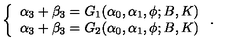
\left\{ \begin{array} { l l } { \alpha _ { 3 } + \beta _ { 3 } = G _ { 1 } ( \alpha _ { 0 } , \alpha _ { 1 } , \phi ; B , K ) } \\ { \alpha _ { 3 } + \beta _ { 3 } = G _ { 2 } ( \alpha _ { 0 } , \alpha _ { 1 } , \phi ; B , K ) } \\ \end{array} \right. .